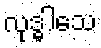
လုဒ္ဓါသေ